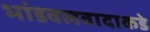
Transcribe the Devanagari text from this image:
भांडवलवादाकडे